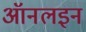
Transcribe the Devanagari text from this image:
ऑनलइन